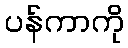
ပန်ကာကို